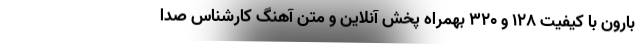
بارون با کیفیت 128 و 320 بهمراه پخش آنلاین و متن آهنگ کارشناس صدا